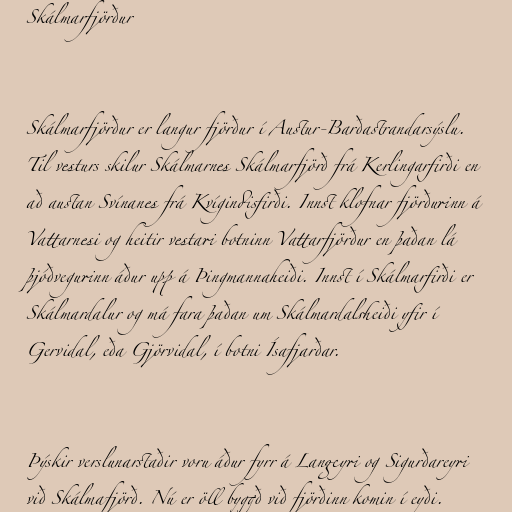
Skálmarfjörður

Skálmarfjörður er langur fjörður í Austur-Barðastrandarsýslu.
Til vesturs skilur Skálmarnes Skálmarfjörð frá Kerlingarfirði en
að austan Svínanes frá Kvígindisfirði. Innst klofnar fjörðurinn á
Vattarnesi og heitir vestari botninn Vattarfjörður en þaðan lá
þjóðvegurinn áður upp á Þingmannaheiði. Innst í Skálmarfirði er
Skálmardalur og má fara þaðan um Skálmardalsheiði yfir í
Gervidal, eða Gjörvidal, í botni Ísafjarðar.

Þýskir verslunarstaðir voru áður fyrr á Langeyri og Sigurðareyri
við Skálmafjörð. Nú er öll byggð við fjörðinn komin í eyði.